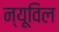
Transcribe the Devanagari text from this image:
न्यूविल